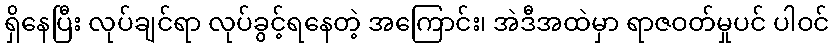
ရှိနေပြီး လုပ်ချင်ရာ လုပ်ခွင့်ရနေတဲ့ အကြောင်း၊ အဲဒီအထဲမှာ ရာဇဝတ်မှုပင် ပါဝင်